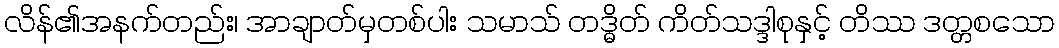
လိန်၏အနက်တည်း၊ အာချာတ်မှတစ်ပါး သမာသ် တဒ္ဓိတ် ကိတ်သဒ္ဒါစုနှင့် တိဿ ဒတ္တစသော